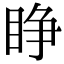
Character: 睁